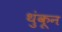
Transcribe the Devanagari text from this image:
थुंकून